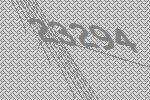
23294